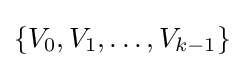
\{V_{0},V_{1},\ldots ,V_{k-1}\}